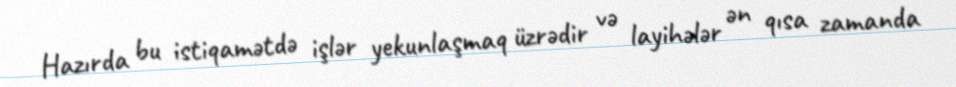
Hazırda bu istiqamətdə işlər yekunlaşmaq üzrədir və layihələr ən qısa zamanda